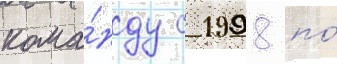
кома́нду с 1998 по́